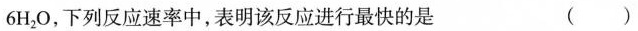
6H_{2}O，下列反应速率中，表明该反应进行最快的是 ()